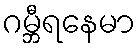
ဂမ္ဘီရနေမာ